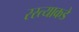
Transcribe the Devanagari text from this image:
रस्त्याकडे